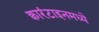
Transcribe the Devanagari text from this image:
क्वारंटाइनमध्ये